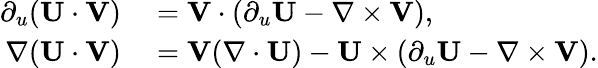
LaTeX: \begin{array}{rl}{\partial_{u}(\mathbf{U}\cdot\mathbf{V})}&{{}=\mathbf{V}\cdot\left(\partial_{u}\mathbf{U}-\nabla\times\mathbf{V}\right),}\\ {\nabla(\mathbf{U}\cdot\mathbf{V})}&{{}=\mathbf{V}(\nabla\cdot\mathbf{U})-\mathbf{U}\times\left(\partial_{u}\mathbf{U}-\nabla\times\mathbf{V}\right).}\end{array}